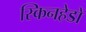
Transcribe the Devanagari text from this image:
स्किनहेडों